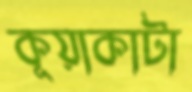
কূয়াকাটা